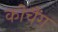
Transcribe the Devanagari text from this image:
कोचैंग